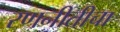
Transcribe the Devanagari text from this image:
रणनीतीचा